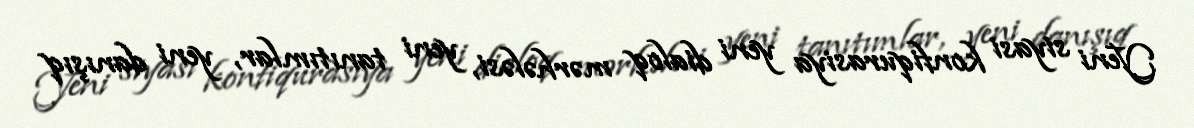
Yeni siyasi konfiqurasiya yeni dialoq mərhələsi, yeni tanıtımlar, yeni danışıq